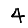
Digit: 4